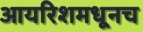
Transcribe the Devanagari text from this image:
आयरिशमधूनच